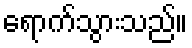
ရောက်သွားသည်။